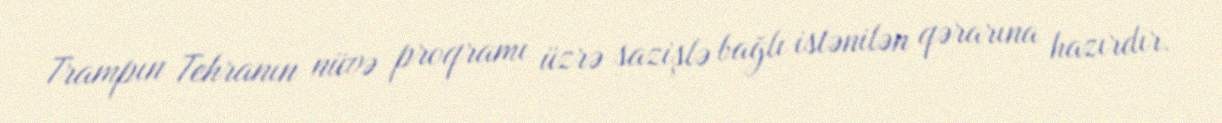
Trampın Tehranın nüvə proqramı üzrə sazişlə bağlı istənilən qərarına hazırdır.